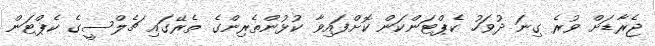
ޖެރާޑަށް ވުރެ ގިނަ ދުވަހު ކެޕްޓަންކަން ކޮށްފައިވާ ކުޅުންތެރިންގެ ތެރޭގައި ޗެލްސީގެ ކެޕްޓަން